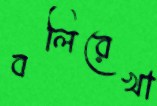
বলিরেখা